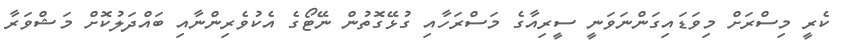
ކެރީ މިސްރަށް މިވަޑައިގަންނަވަނީ ސީރިއާގެ މަސްރަހާއި ގުޅޭގޮތުން ނޭޓޯގެ އެކުވެރިންނާއި ބައްދަލުކޮށް މަޝްވަރާ